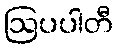
ဩပပါတီ